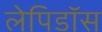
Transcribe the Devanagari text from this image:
लेपिडॉस